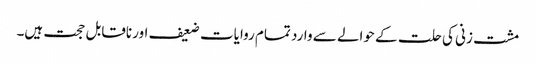
مشت زنی کی حلت کے حوالے سے وارد تمام روایات ضعیف اور ناقابل حجت ہیں۔